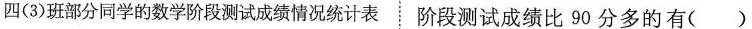
四(3)班部分同学的数学阶段测试成绩情况统计表 阶段测试成绩比90分多的有()